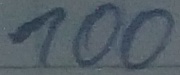
Text: 100